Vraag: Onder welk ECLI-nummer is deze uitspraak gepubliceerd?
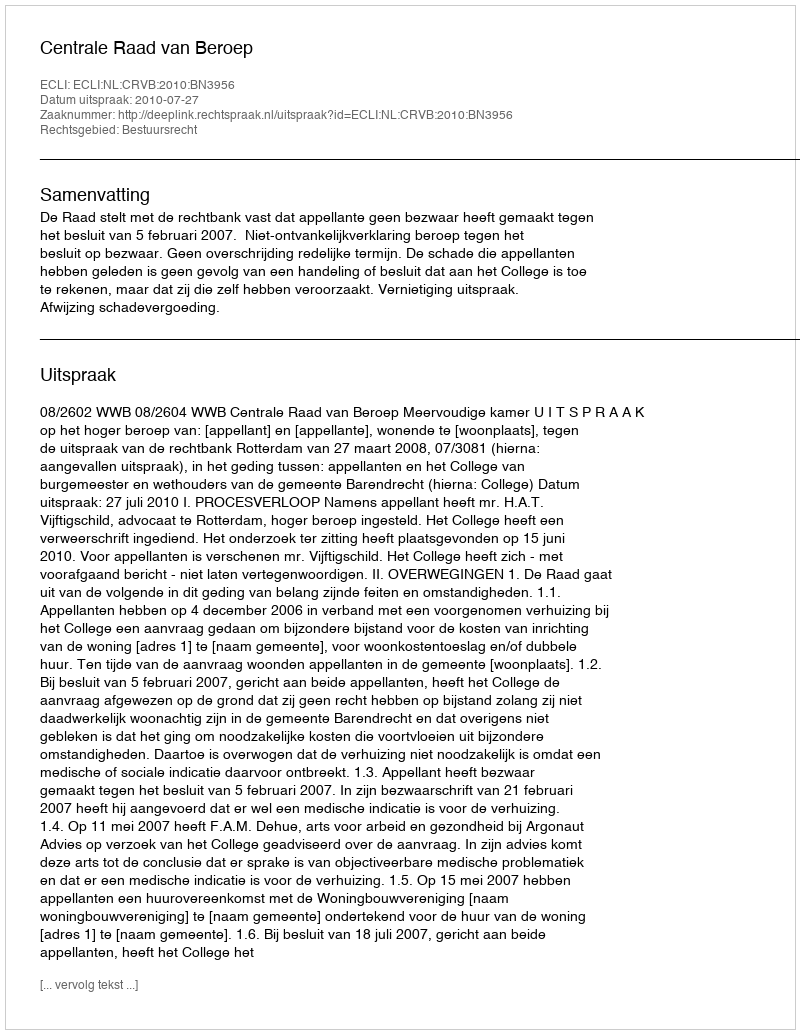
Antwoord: ECLI:NL:CRVB:2010:BN3956